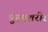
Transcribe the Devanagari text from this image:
पुरुषशरीर